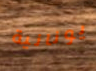
يونانية